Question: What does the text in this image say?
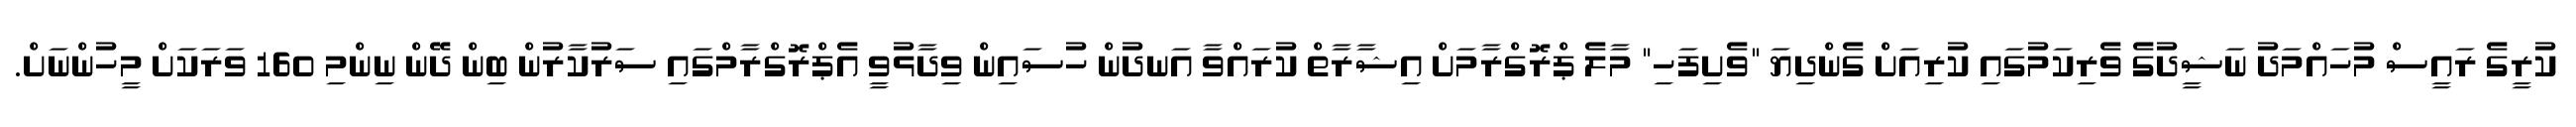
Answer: ކުރީގެ ރައީސް މުހައްމަދު ނަޝީދުގެ ވެރިކަމުގައި ކުރިއަށް ގެންދިޔަ "ވެށިފަހި" މާލެ ޕްރޮގްރާމަށް އިޝާރާތް ކުރައްވާ އަނދުން ހުސައިން ވިދާޅުވީ އެޕްރޮގްރާމްގައި ސަރުކާރުން ބިން ދޭން ނިންމި 160 ވަރަކަށް މީހުންނަށް.